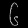
Digit: ၆